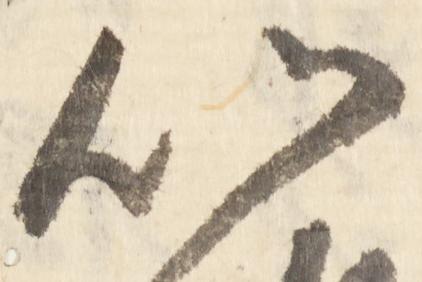
以